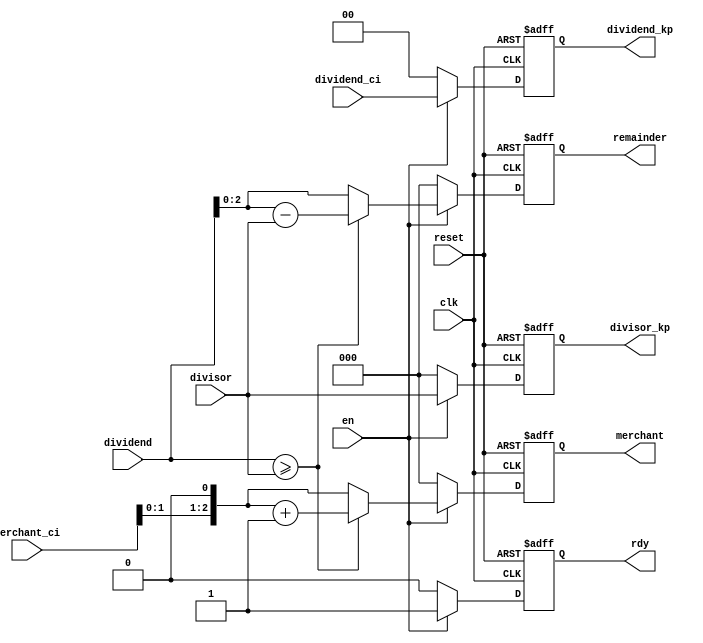
module    divider_cell
    #(parameter N=5,
      parameter M=3)
    (
      input                     clk,
      input                     reset,
      input                     en,

      input [M:0]               dividend,
      input [M-1:0]             divisor,
      input [N-M:0]             merchant_ci ,
      input [N-M-1:0]           dividend_ci ,

      output reg [N-M-1:0]      dividend_kp,
      output reg [M-1:0]        divisor_kp,
      output reg                rdy ,
      output reg [N-M:0]        merchant ,
      output reg [M-1:0]        remainder
    );

    always @(posedge clk or posedge reset) begin
        if (reset) begin
            rdy            <= 'b0 ;
            merchant       <= 'b0 ;
            remainder      <= 'b0 ;
            divisor_kp     <= 'b0 ;
            dividend_kp    <= 'b0 ;
        end
        else if (en) begin
            rdy            <= 1'b1 ;
            divisor_kp     <= divisor ;
            dividend_kp    <= dividend_ci ;
            if (dividend >= {1'b0, divisor}) begin
                merchant    <= (merchant_ci<<1) + 1'b1 ;
                remainder   <= dividend - {1'b0, divisor} ;
            end
            else begin
                merchant    <= merchant_ci<<1 ;
                remainder   <= dividend ;
            end
        end // if (en)
        else begin
            rdy            <= 'b0 ;
            merchant       <= 'b0 ;
            remainder      <= 'b0 ;
            divisor_kp     <= 'b0 ;
            dividend_kp    <= 'b0 ;
        end
    end

endmodule